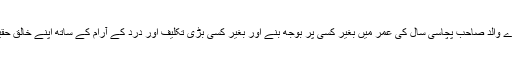
اسی سال ہی میرے والد صاحب پچاسی سال کی عمر میں بغیر کسی پر بوجھ بنے اور بغیر کسی بڑی تکلیف اور درد کے آرام کے ساتھ اپنے خالق حقیقی سے جا ملے۔